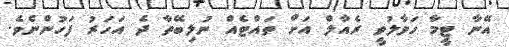
އޭނާ ޓީމާ ހަވާލުވީ ރެއާލް އަށް ތައްޓެއް ނުލިބޭތާ ދެ އަހަރު ފަހުންނެވެ.